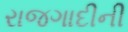
રાજગાદીની